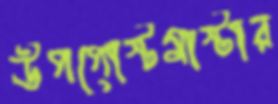
উপপোস্টমাস্টার